Statistics compiled by the Government of India from the reports of provincial Civil Veterinary Departments
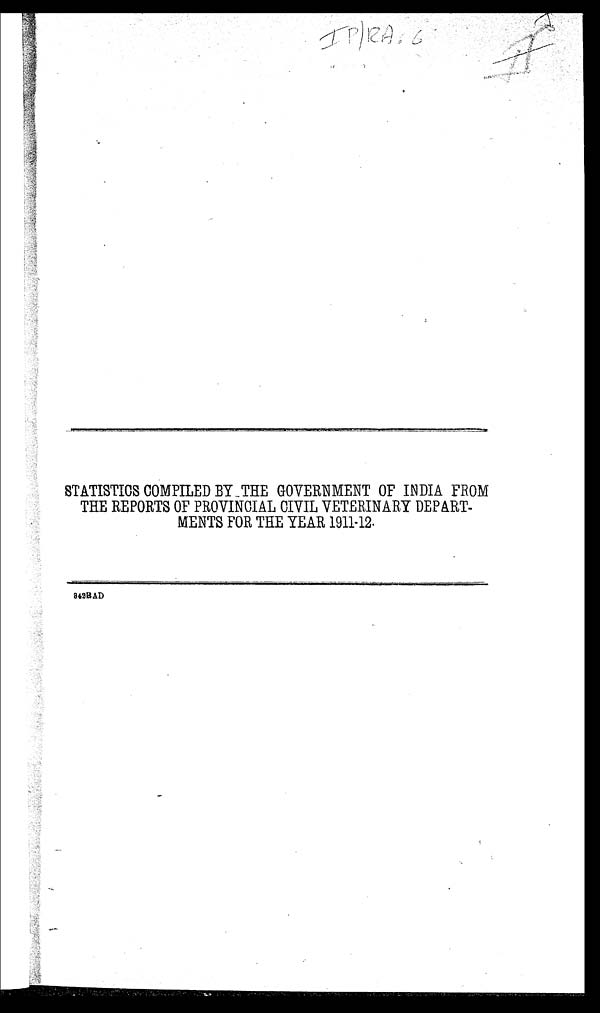
STATISTICS COMPILED BY THE GOVERNMENT OF INDIA FROM
THE REPORTS OF PROVINCIAL CIVIL VETERINARY DEPART-
MENTS FOR THE YEAR 1911-12.
342RAD